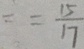
= = \frac { 1 5 } { 1 7 }